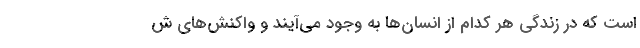
است که در زندگی هر کدام از انسان‌ها به وجود می‌آیند و واکنش‌های ش